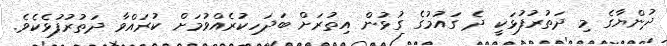
ދުންޔާގެ މި ދަތުރުފުޅަކީ ދެ ގައުމުގެ ގުޅުން އިތުރަށް ބަދަހިކުރެއްވުމަށް ކުރައްވާ ދަތުރުފުޅެކެވެ.